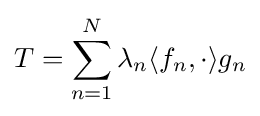
T=\sum _{n=1}^{N}\lambda _{n}\langle f_{n},\cdot \rangle g_{n}